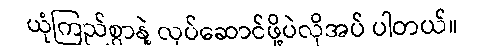
ယုံကြည်စွာနဲ့ လုပ်ဆောင်ဖို့ပဲလိုအပ် ပါတယ်။